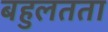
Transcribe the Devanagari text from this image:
बहुलतता